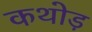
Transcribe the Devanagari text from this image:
कथोड़